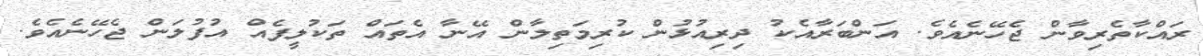
ރައްކާތެރިވާން ޖެހޭނެއެވެ. އަންބަރާއެކު ދިރިއުޅުން ކުރިމަތިލާން އޭނާ އެތައް ތަކުލީފެއް އުފުލަން ޖެހޭނެއެވެ.